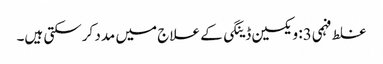
غلط فہمی3: ویکسین ڈینگی کے علاج میں مدد کرسکتی ہیں۔